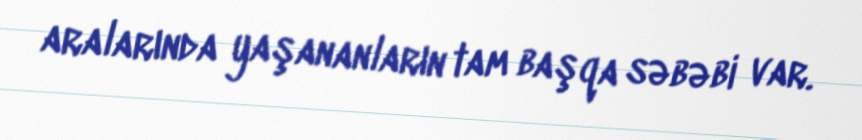
aralarında yaşananların tam başqa səbəbi var.